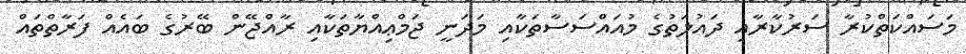
މަސައްކަތްކުރާ ސަރުކާރާއި ދައުލަތުގެ މުއައްސަސާތަކާއި މަދަނީ ޖަމްޢިއްޔާތަކާއި ރާއްޖޭން ބޭރުގެ ބައެއް ފަރާތްތައް